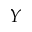
Y